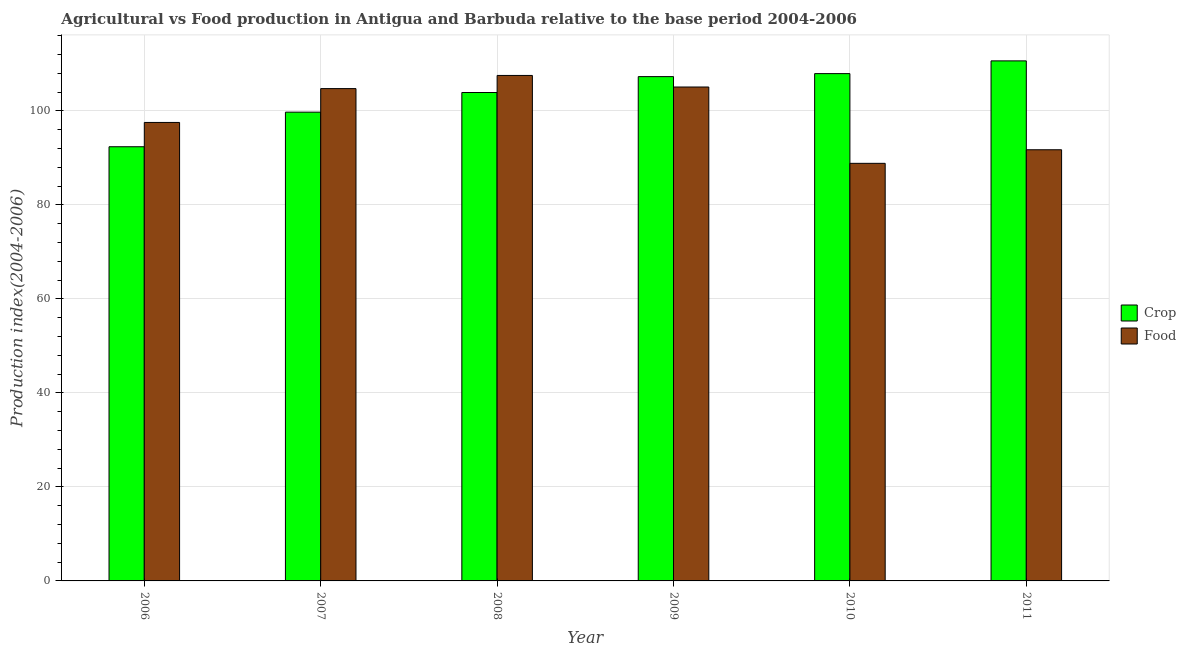
| Year | Crop | Food |
 | --- | --- | --- |
 | 2006 | 92.4 | 97.5 |
 | 2007 | 99.7 | 105 |
 | 2008 | 104 | 108 |
 | 2009 | 107 | 105 |
 | 2010 | 108 | 88.8 |
 | 2011 | 111 | 91.7 |